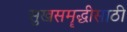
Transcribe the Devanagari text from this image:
सुखसमॄद्धीसाठी